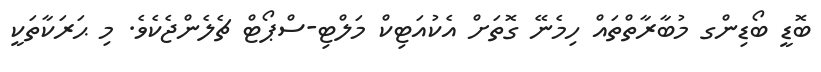
ބޮޑީ ބޯޑިންގ މުބާރާތްތައް ހިމެނޭ ގޮތަށް އެކުއަޓިކް މަލްޓި-ސްޕޯޓް ޗެލެންޖެކެވެ. މި ޙަރަކާތަކީ